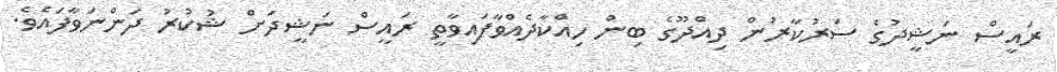
ރައީސް ނަޝީދުގެ ސަރުކާރުން ދިއްދޫގެ ބިން ހިއްކާދެއްވާފައިވާތީ ރައީސް ނަޝީދަށް ޝުކުރު ދަންނަވާފައެވެ.